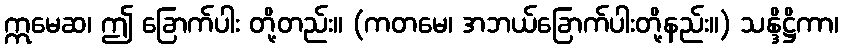
ဣမေဆ၊ ဤ ခြောက်ပါး တို့တည်း။ (ကတမေ၊ အဘယ်ခြောက်ပါးတို့နည်း။) သန္ဒိဋ္ဌိကာ၊